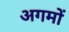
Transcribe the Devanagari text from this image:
अगमों